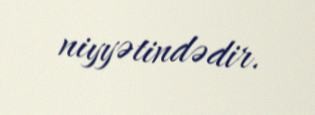
niyyətindədir.